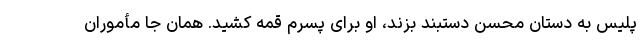
پلیس به دستان محسن دستبند بزند، او برای پسرم قمه کشید. همان جا مأموران